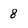
Character: 8